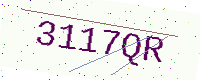
Text: 3117QR